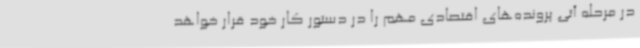
در مرحله آتی پرونده‌های اقتصادی مهم را در دستور کار خود قرار خواهد